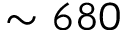
\sim 6 8 0